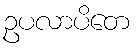
ဥပလာပိတေ